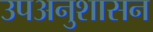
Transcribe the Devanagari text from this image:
उपअनुशासन